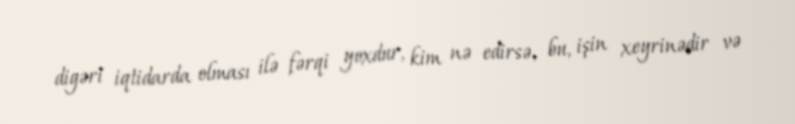
digəri iqtidarda olması ilə fərqi yoxdur, kim nə edirsə, bu, işin xeyrinədir və